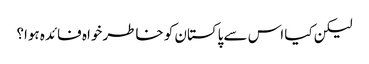
لیکن کیا اس سے پاکستان کو خاطر خواہ فائدہ ہوا؟